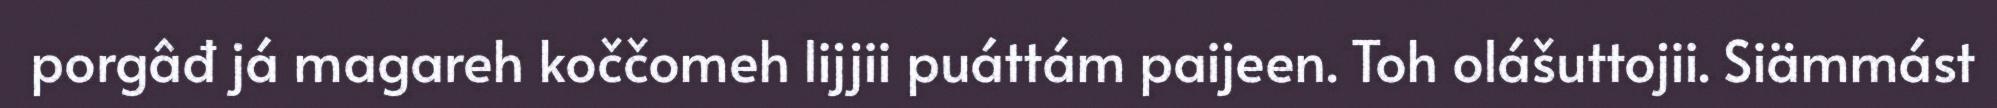
porgâđ já magareh koččomeh lijjii puáttám paijeen. Toh olášuttojii. Siämmást